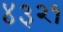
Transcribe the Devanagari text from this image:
४३२१